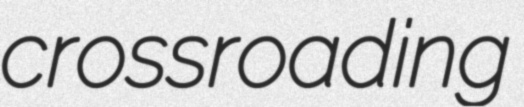
crossroading